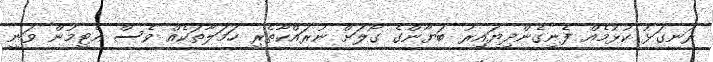
ރަނގަޅު ކުޅުމެއް ފެނިގެންދިޔައިރު ބަޔާންގެ ގޯލަށް ނުރައްކާތެރި ހަމަލާތަކެއް ވެސް އެޓީމުން ވަނީ